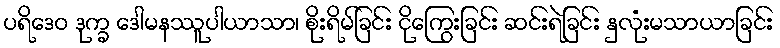
ပရိဒေဝ ဒုက္ခ ဒေါမနဿူပါယာသာ၊ စိုးရိမ်ခြင်း ငိုကြွေးခြင်း ဆင်းရဲခြင်း နှလုံးမသာယာခြင်း